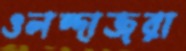
ওলন্দাজরা